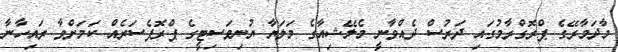
މާދަމާރޭގެ ޕްރޮގްރާމުގައި ދަރުސް ދެއްވާނީ މެލޭޝިއާގެ މަލަޔާ ޔުނިވަސިޓީގެ ޕްރޮފެސަރެއް ކަމަށްވާ ރައިހާނާ